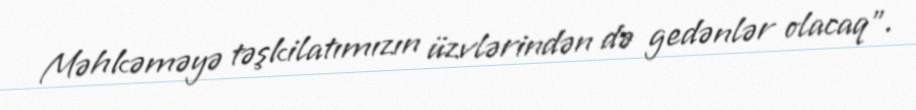
Məhkəməyə təşkilatımızın üzvlərindən də gedənlər olacaq”.